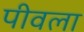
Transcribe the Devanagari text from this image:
पीवला